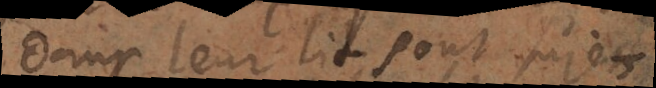
dans leur lit, sont sujets